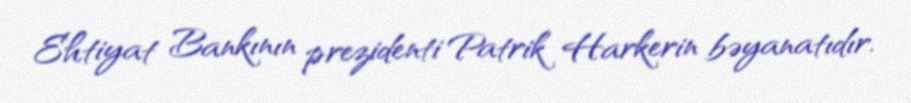
Ehtiyat Bankının prezidenti Patrik Harkerin bəyanatıdır.